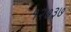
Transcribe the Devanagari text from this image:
१२७३७